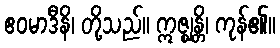
ဧဝမာဒီနိ၊ တို့သည်။ ဣဇ္ဈန္တိ၊ ကုန်၏။